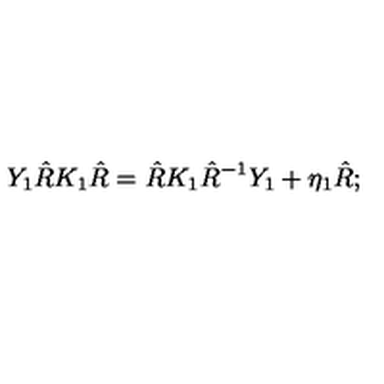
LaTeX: Y _ { 1 } \hat { R } K _ { 1 } \hat { R } = \hat { R } K _ { 1 } \hat { R } ^ { - 1 } Y _ { 1 } + \eta _ { 1 } \hat { R } ;